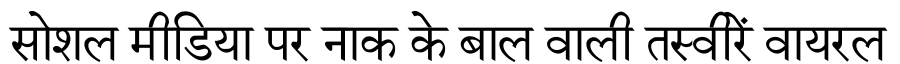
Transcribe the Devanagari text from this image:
सोशल मीडिया पर नाक के बाल वाली तस्वीरें वायरल